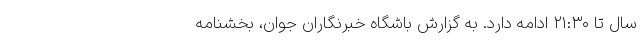
سال تا ۲۱:۳۰ ادامه دارد. به گزارش باشگاه خبرنگاران جوان، بخشنامه